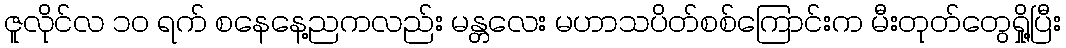
ဇူလိုင်လ ၁၀ ရက် စနေနေ့ညကလည်း မန္တလေး မဟာသပိတ်စစ်ကြောင်းက မီးတုတ်တွေရှို့ပြီး